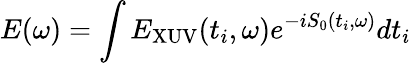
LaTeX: E(\omega)=\int E_{\textrm{XUV}}(t_{i},\omega)e^{-iS_{0}(t_{i},\omega)}dt_{i}